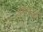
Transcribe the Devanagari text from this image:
असाढ़